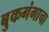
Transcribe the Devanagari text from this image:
बुकगंगाचा